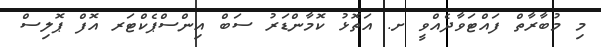
މި މުބާރާތް ފައްޓަވާދެއްވީ ށ. އަތޮޅު ކޮމާންޑަރު ސަބް އިންސްޕެކްޓަރ އޮފް ޕޮލިސް